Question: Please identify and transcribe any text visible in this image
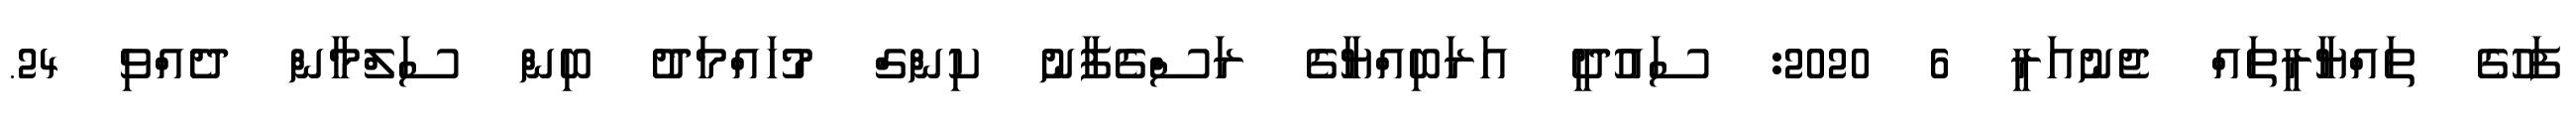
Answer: ފަހުގެ ތައްޔާރީތައް ޖެނުއަރީ 6 2020: ސައުދީ އަރަބިއްޔާގެ ރަސްގެފާނު ކިންގް މުހައްމަދު ބިން ސަލްމާން ދެއްވި 24.